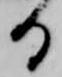
る